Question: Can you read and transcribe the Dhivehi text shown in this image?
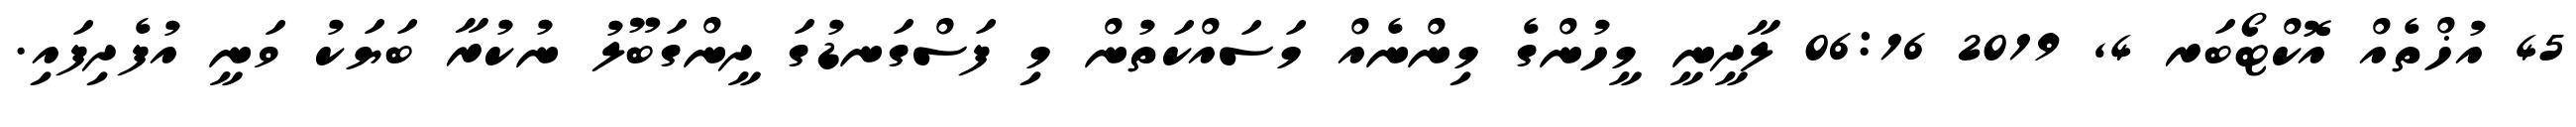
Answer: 45 އުޚްތެއް އޮކްޓޯބަރ 4, 2019 06:16 ލާދީނީ މީހުންގެ މިންނެއް މަސައްކަތުން މި ފަސްގަނޑުގަ ދީންގަބޫލު ނުކުރާ ބަޔަކު ވަނީ އުފެދިފައި.